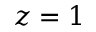
z = 1